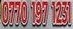
0770 197 1231